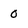
Character: 0